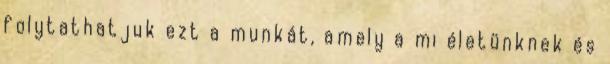
folytathatjuk ezt a munkát, amely a mi életünknek és